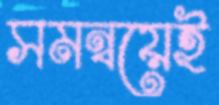
সমন্বয়েই